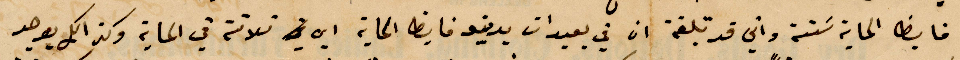
فايظ الماية ستة واتي قد تبلغة ان في بعبدات يدينو فايظ الماية  أي ثلاثة في الماية وكذلك يوجد